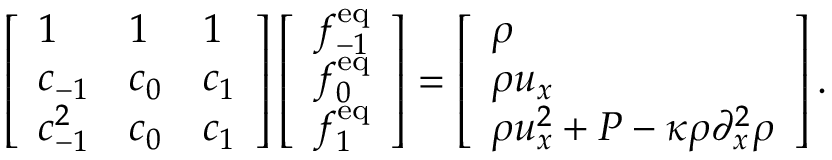
\left[ \begin{array} { l l l } { 1 } & { 1 } & { 1 } \\ { c _ { - 1 } } & { c _ { 0 } } & { c _ { 1 } } \\ { c _ { - 1 } ^ { 2 } } & { c _ { 0 } } & { c _ { 1 } } \end{array} \right] \left[ \begin{array} { l } { f _ { - 1 } ^ { \mathrm { e q } } } \\ { f _ { 0 } ^ { \mathrm { e q } } } \\ { f _ { 1 } ^ { \mathrm { e q } } } \end{array} \right] = \left[ \begin{array} { l } { \rho } \\ { \rho u _ { x } } \\ { \rho u _ { x } ^ { 2 } + P - \kappa \rho \partial _ { x } ^ { 2 } \rho } \end{array} \right] .